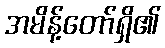
အမိန့်တော်ရှိ၏